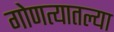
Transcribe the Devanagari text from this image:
गोणत्यातल्या